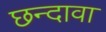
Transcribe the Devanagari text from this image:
छन्दावा